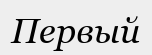
Первый